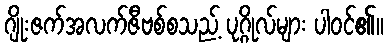
ဂျိုးဇက်အလက်ဇီဗစ်စသည့် ပုဂ္ဂိုလ်များ ပါဝင်၏။